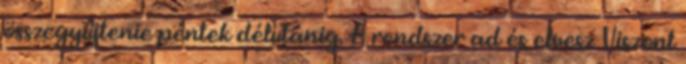
összegyűjtenie péntek délutánig. A rendszer ad és elvesz Viszont